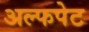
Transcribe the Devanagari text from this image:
अल्फपेट